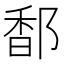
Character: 𮷭